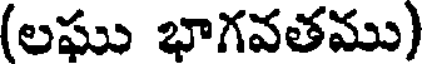
(లఘు భాగవతము)